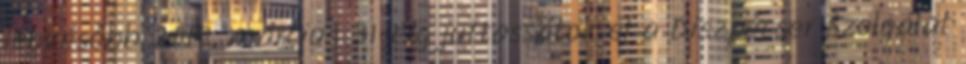
legkésőbb 2010. március 31-éig juttassátok el a Diszpécser Szolgálat